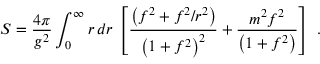
S = { \frac { 4 \pi } { g ^ { 2 } } } \int _ { 0 } ^ { \infty } r \, d r \, \left[ { \frac { \left( f ^ { 2 } + f ^ { 2 } / r ^ { 2 } \right) } { \left( 1 + f ^ { 2 } \right) ^ { 2 } } } + { \frac { m ^ { 2 } f ^ { 2 } } { \left( 1 + f ^ { 2 } \right) } } \right] ~ .